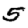
Digit: 5